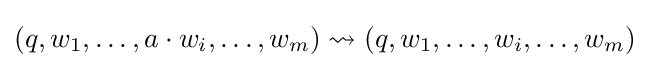
(q,w_{1},\dots ,a\cdot w_{i},\dots ,w_{m})\rightsquigarrow (q,w_{1},\dots ,w_{i},\dots ,w_{m})